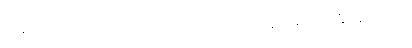
အစားအစာကို မစားဘဲ ရဟန်းတရားကို အားမထုတ်နိုင်ကြောင်း